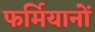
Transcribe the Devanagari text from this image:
फर्मियानों